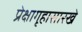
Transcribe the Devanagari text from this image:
प्रेक्षागृहासारखे